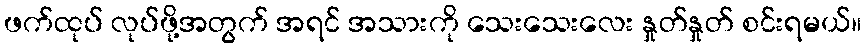
ဖက်ထုပ် လုပ်ဖို့အတွက် အရင် အသားကို သေးသေးလေး နှုတ်နှုတ် စင်းရမယ်။